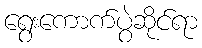
ရွေးကောက်ပွဲဆိုင်ရာ